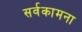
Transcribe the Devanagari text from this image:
सर्वकामना